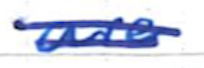
Text: are
Cross-out: double-line
Writing tool: ballpoint